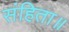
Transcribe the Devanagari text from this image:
संहिता॥